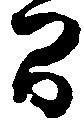
間